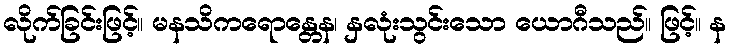
လိုက်ခြင်းဖြင့်။ မနသိကရောန္တေန၊ နှလုံးသွင်းသော ယောဂီသည်။ ဖြင့်။ န